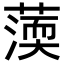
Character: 𦺾